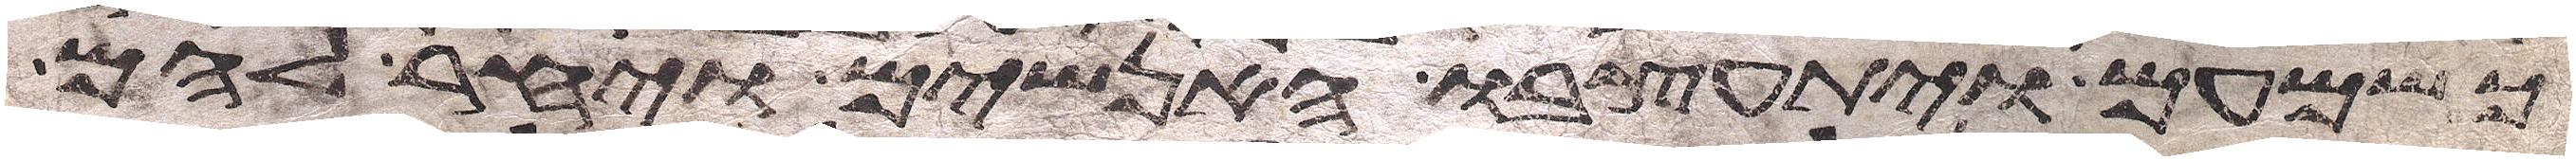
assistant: כשמעם ויתעצבו האנשים ויחר להם